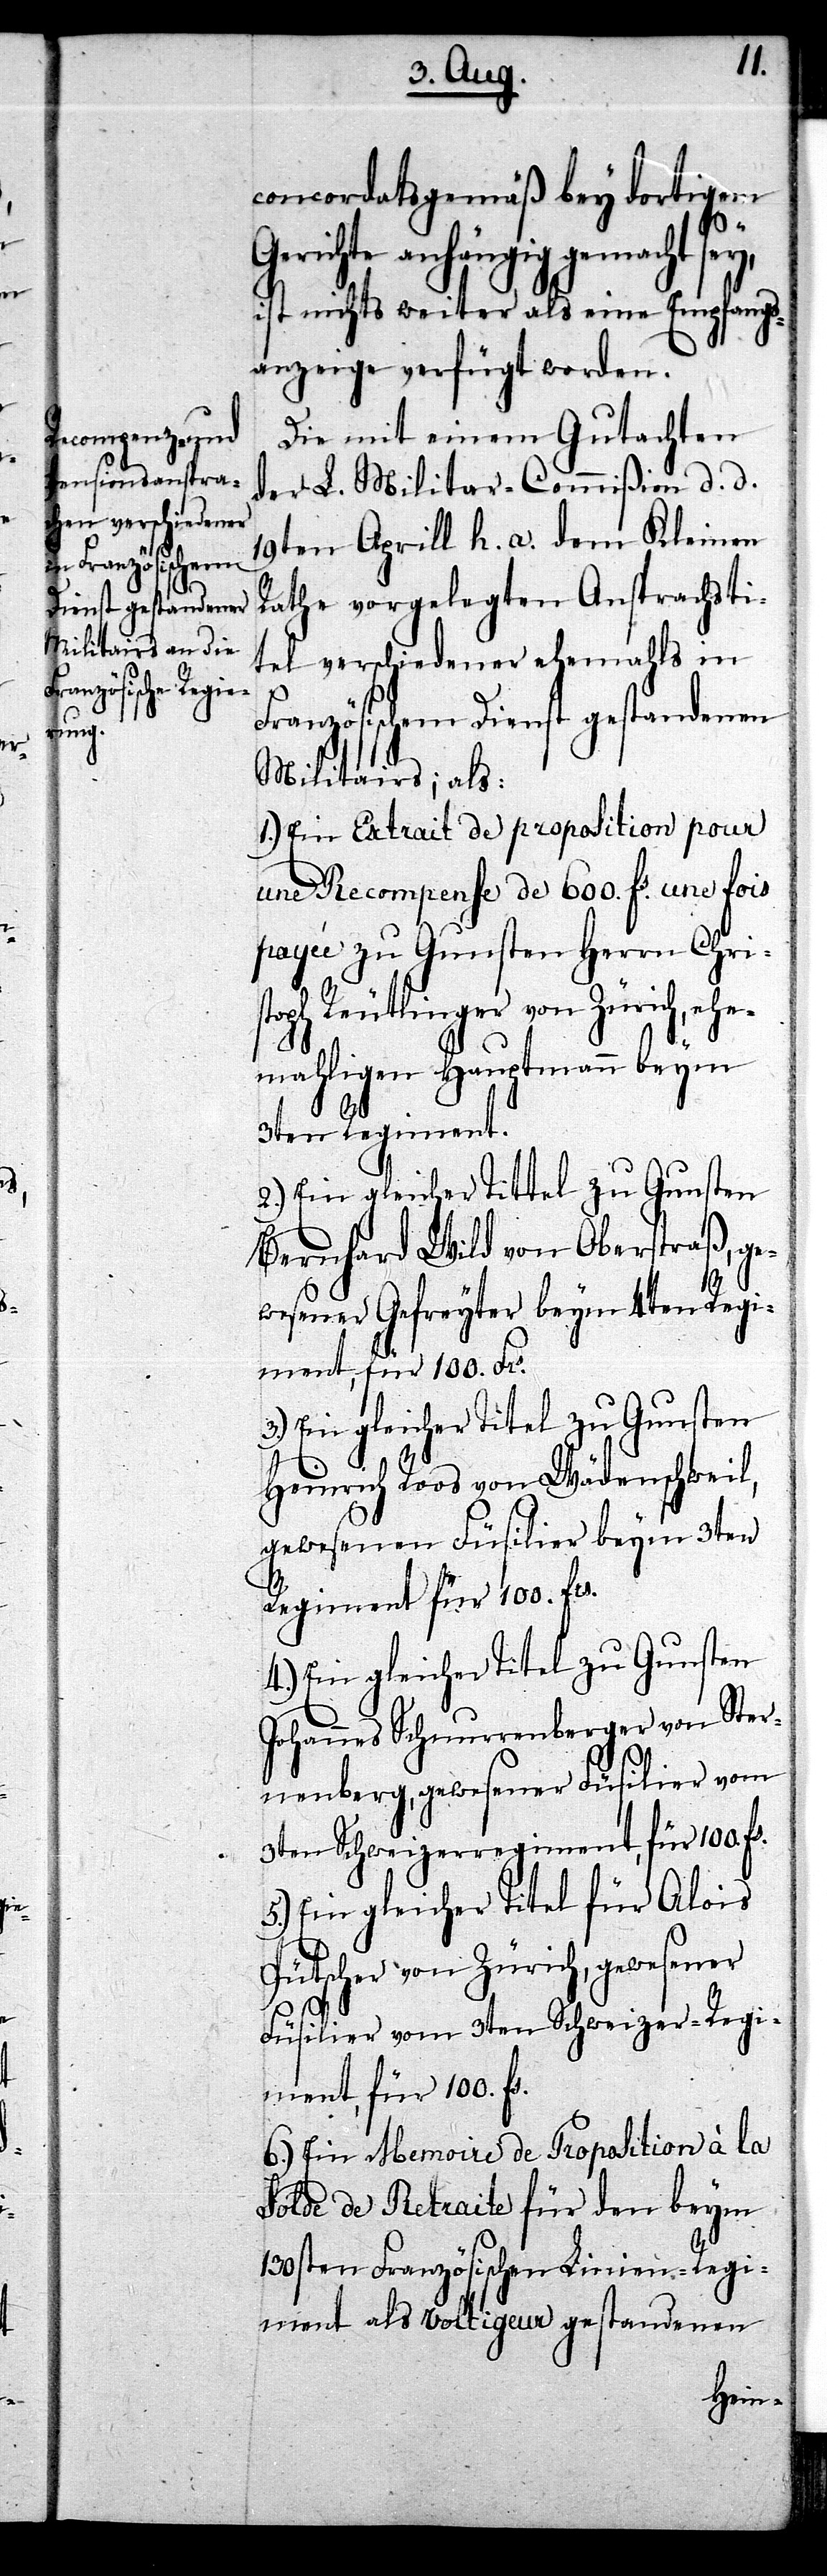
concordatsgemäß bey dortigem
Gerichte anhängig gemacht sey,
ist nichts weiter als eine Empfangs¬
anzeige verfügt worden.
Die mit einem Gutachten
der L. Militar-Commißion d. d.
19ten Aprill h. a. dem Kleinen
Rathe vorgelegten Ansprachsti¬
tel verschiedener ehemahls in
Französischem Dienst gestandenen
Militairs; als:
1.) Ein Extrait de proposition pour
une Recompense de 600. fs. une fois
payée zu Gunsten Herrn Chris¬
toph Reutlinger von Zürich, eh¬
emahligen Hauptmann beym
3ten Regiment.
3.) Ein gleicher Titel zu Gunsten
Bernhard Wild von Oberstraß, ge¬
wesener Gefreyter beym 4ten Regi¬
ment, für 100. Frs.
Heinrich Roos von Wädenschweil,
gewesener Füsilier beym 3ten
Regiment für 100. frs.
4.) Ein gleicher Titel zu Gunsten
Johannes Schnurrenberger von Ster¬
nenberg, gewesener Füsilier vom
3ten Schweizerregiment, für 100.
5.) Ein gleicher Titel für Alois
Pütscher von Zürich, gewesener
Füsilier vom 3ten Schweizer-Regi¬
ment, für 100. fs.
6.) Ein Memoire de Proposition à la
Solde de Retraite für den beym
130sten Französischen Linien-Regi¬
ment als voltigeur gestandenen